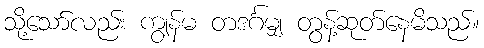
သို့သော်လည်း ကျွန်မ တဒင်္ဂမျှ တွန့်ဆုတ်နေမိသည်။